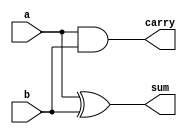
module half_adder_structural(
  input a,
  input b,
  output sum,
  output carry
);
  
  xor (sum,a,b);
  and (carry,a,b);
  
endmodule